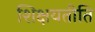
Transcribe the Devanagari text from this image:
शिक्षयतीति